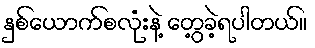
နှစ်ယောက်စလုံးနဲ့ တွေ့ခဲ့ရပါတယ်။